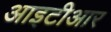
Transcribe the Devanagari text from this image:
आइटीआर